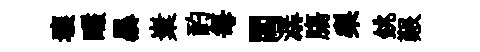
壤釅暴嶪酌毎閻潺膓梨銚艱